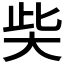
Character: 𡘌